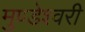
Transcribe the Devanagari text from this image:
मुण्डेश्वरी